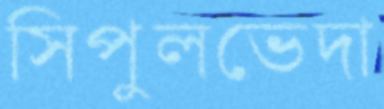
সিপুলভেদা